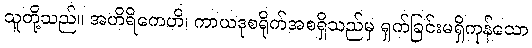
သူတို့သည်။ အဟိရိကေဟိ၊ ကာယဒုစရိုက်အစရှိသည်မှ ရှက်ခြင်းမရှိကုန်သော